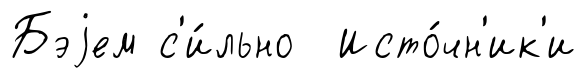
Бэjем с'и́льно Исто́чн'ик'и